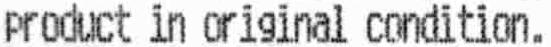
PRODUCT IN ORIGINAL CONDITION.